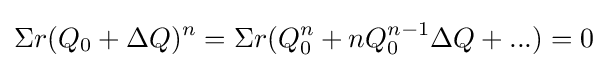
\Sigma r(Q_{0}+\Delta Q)^{n}=\Sigma r(Q_{0}^{n}+nQ_{0}^{n-1}\Delta Q+...)=0